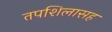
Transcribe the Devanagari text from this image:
तपशिलासह